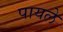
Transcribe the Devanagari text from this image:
पायले